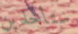
ستأخذين